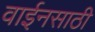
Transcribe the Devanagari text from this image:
वाईनसाठी